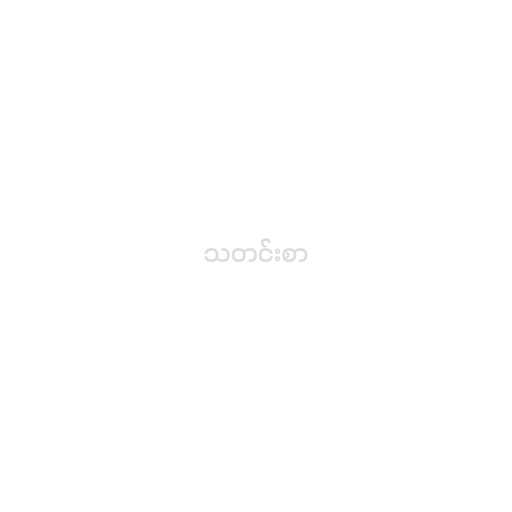
သတင်းစာ